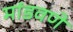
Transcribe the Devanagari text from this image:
मांडवणे